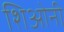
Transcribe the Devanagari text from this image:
शिओनी